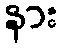
နား